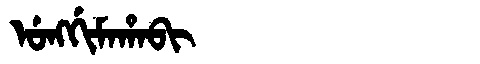
Manchu: ᡠᠩᡤᡳᠮᠠᡥᠠᠪᡳ
Romanization: UNGGIMAHABI